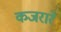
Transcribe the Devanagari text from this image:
कजरारे